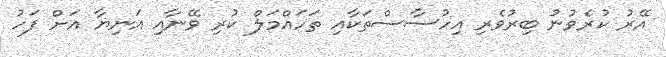
އޭރު ކުރެވުނު ބިރުވެރި އިހުސާސްތަކާއި ތަހައްމަލް ކުރި ވޭނާއި އަނިޔާ އަށް ފަހު